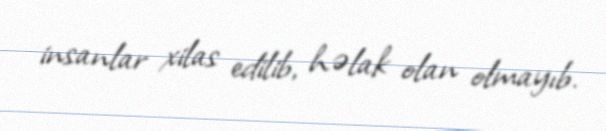
insanlar xilas edilib, həlak olan olmayıb.